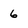
Character: 6